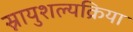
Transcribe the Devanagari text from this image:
स्नायुशल्यक्रिया